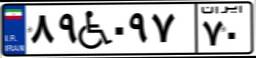
۸۶W۲۰۹۲۵